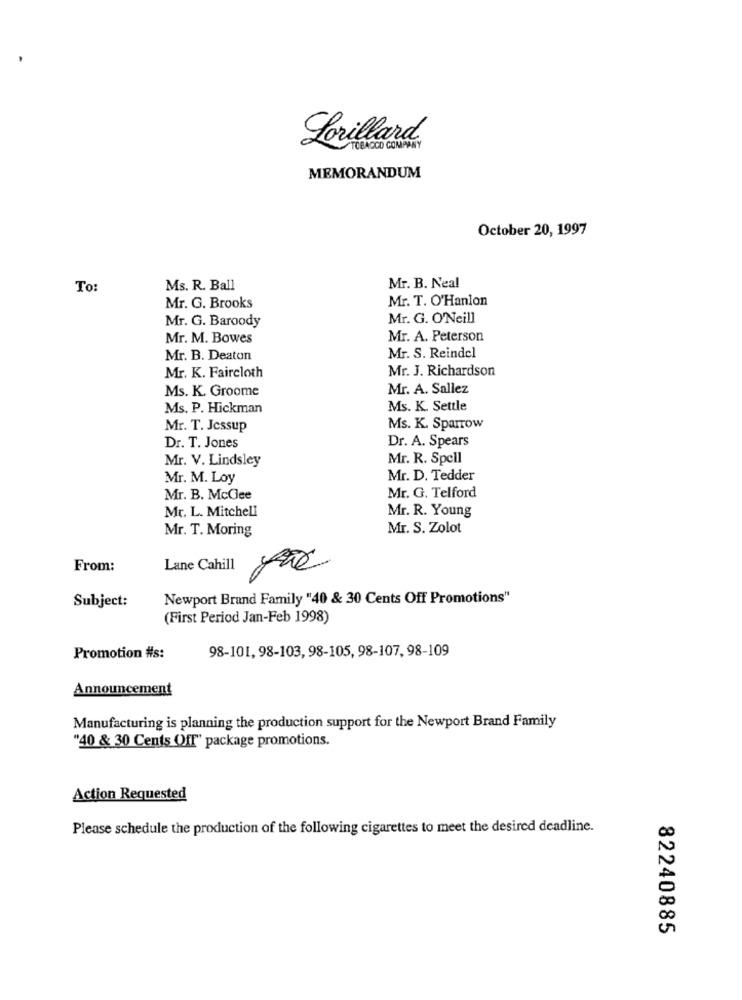
Lorillard
MEMORANDUM
October 20, 1997
To:
Ms. R. Ball
Mr. B. Neal
Mr. T. O'Hanlon
Mr. G. Brooks
Mr. G. Baroody
Mr. G. O'Neill
Mr. M. Bowes
Mr. A. Peterson
Mr. S. Reindel
Mr. B. Deaton
Mr. J. Richardson
Mr. K. Faircloth
Ms. K. Groome
Mr. A. Sallez
Ms. P. Hickman
Ms. K. Settle
Mr. T. Jessup
Ms. K. Sparrow
Dr. A. Spears
Dr. T. Jones
Mr. V. Lindsley
Mr. R. Spell
Mr. M. Loy
Mr. D. Tedder
Mr. B. McClee
Mr. G. Telford
Mr. L. Mitchell
Mr. R. Young
Mr. T. Moring
Mr. S. Zolot
From:
Lane Cahill
Newport Brand Family "40 & 30 Cents Off Promotions"
Subject:
(First Period Jan-Feb 1998)
98-101, 98-103, 98-105, 98-107, 98-109
Promotion #s:
Announcement
Manufacturing is planning the production support for the Newport Brand Family
"40 & 30 Cents Off" package promotions.
Action Requested
Please schedule the production of the following cigarettes to meet the desired deadline.
82240885